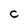
Character: C